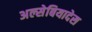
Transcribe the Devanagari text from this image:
अल्सेबियादेस